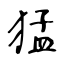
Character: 猛